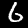
Label: 6